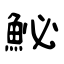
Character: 鮅